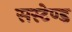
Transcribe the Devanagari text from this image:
सस्टेण्ड